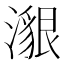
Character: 𤀊